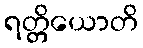
ရတ္တိယောတိ